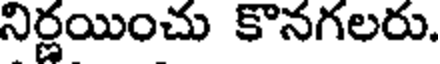
నిర్ణయించు కొనగలరు.